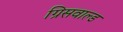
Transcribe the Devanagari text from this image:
ग्रिसवाल्ड